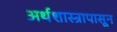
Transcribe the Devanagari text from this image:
अर्थशास्त्रापासून